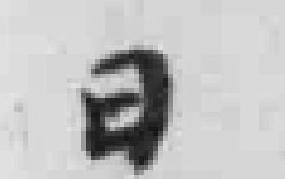
日